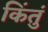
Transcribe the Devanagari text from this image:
किंतुं